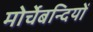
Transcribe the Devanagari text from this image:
मोर्चेबन्दियों